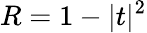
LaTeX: R=1-\vert t\vert^{2}